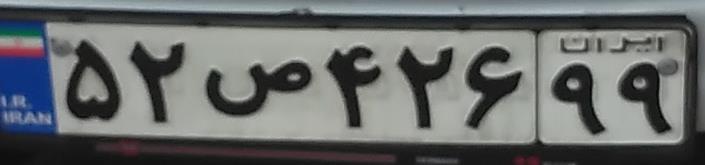
۵۲ص۴۲۶۹۹